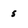
Character: 5